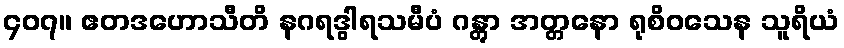
၄၀၇။ ဧတဒဟောသီတိ နဂရဒွါရသမီပံ ဂန္တွာ အတ္တနော ရုစိဝသေန သူရိယံ